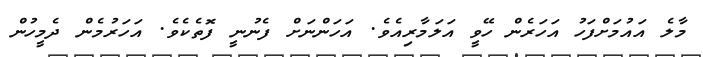
މާލެ އައުމަށްފަހު އަހަރެން ހޭވީ އަލަމާރިއެވެ. އަހަންނަށް ފެނުނީ ފޮތެކެވެ. އަހަރުމެން ދެމީހުން